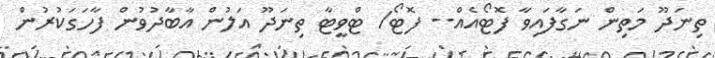
ތިނަދޫ މަތިން ނަގާފައިވާ ފޮޓޯއެއް-- ފޮޓޯ/ ޓްވީޓާ ތިނަދޫ އަލުން އާބާދުވުން ފާހަގަކުރުން